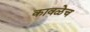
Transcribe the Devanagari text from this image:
कावळेच